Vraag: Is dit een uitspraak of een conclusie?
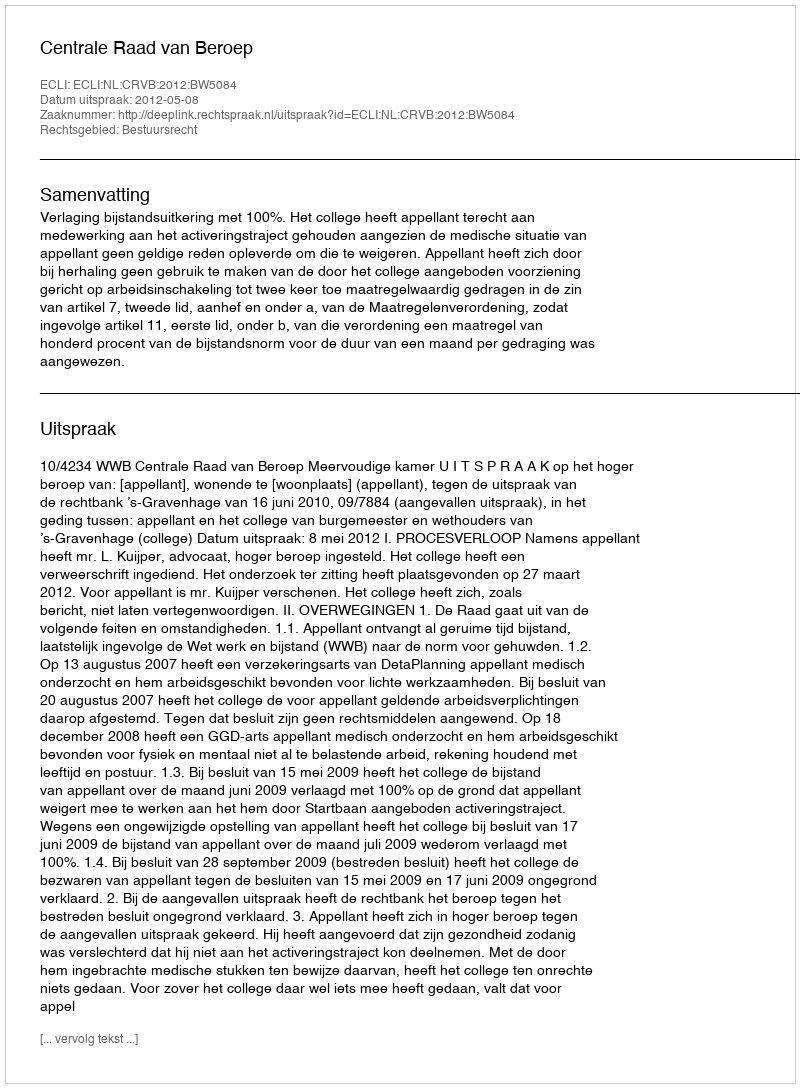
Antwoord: Uitspraak